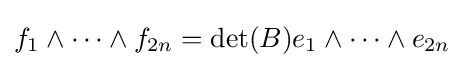
f_{1}\wedge \cdots \wedge f_{2n}=\det(B)e_{1}\wedge \cdots \wedge e_{2n}